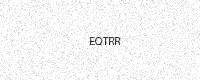
Text: EQTRR